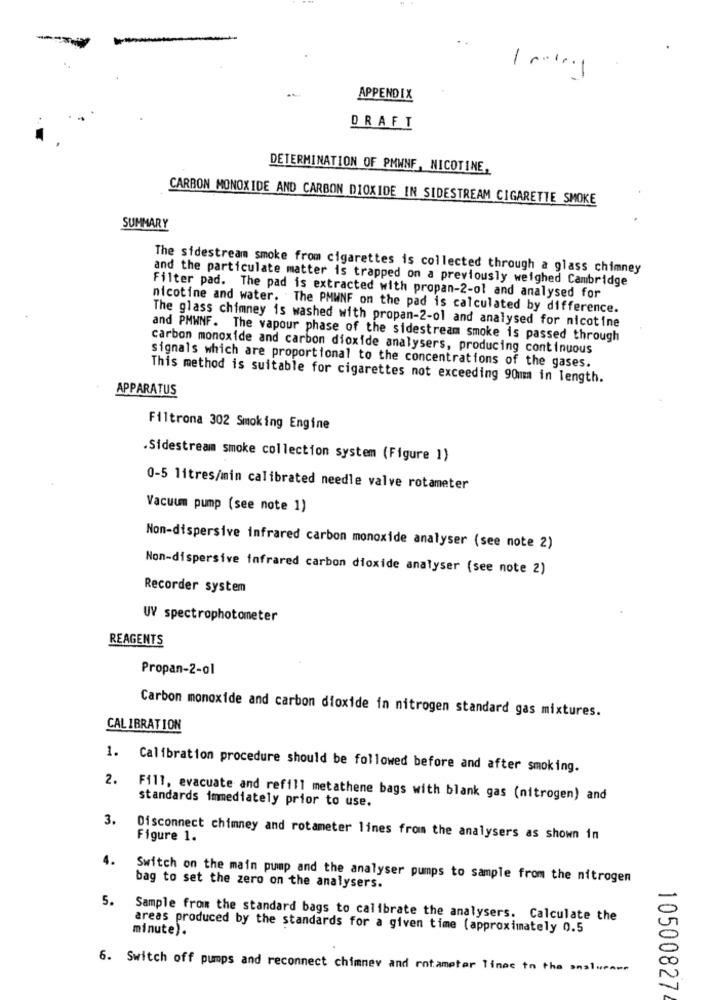
-
APPENDIX
DRAFT
DETERMINATION OF PMWNF, NICOTINE,
CARBON MONOXIDE AND CARBON DIOXIDE IN SIDESTREAM CIGARETTE SMOKE
SUMMARY
The sidestream smoke from cigarettes is collected through a glass chimney
and the particulate matter is trapped on a previously weighed Cambridge
Filter pad. The pad is extracted with propan-2-ol and analysed for
nicotine and water. . The PMWNF on the pad is calculated by difference.
The glass chimney is washed with propan-2-ol and analysed for nicotine
and PMWNF. The vapour phase of the sidestream smoke is passed through
carbon monoxide and carbon dioxide analysers, producing continuous
signals which are proportional to the concentrations of the gases.
This method is suitable for cigarettes not exceeding 90mm in length.
APPARATUS
Filtrona 302 Smoking Engine
·Sidestream smoke collection system (Figure 1)
0-5 litres/min calibrated needle valve rotameter
Vacuum pump (see note 1)
Non-dispersive infrared carbon monoxide analyser (see note 2)
Non-dispersive infrared carbon dioxide analyser (see note 2)
Recorder system
UY spectrophotometer
REAGENTS
Propan-2-ol
Carbon monoxide and carbon dioxide in nitrogen standard gas mixtures.
CALIBRATION
1. Calibration procedure should be followed before and after smoking.
2. Fill, evacuate and refill metathene bags with blank gas (nitrogen) and
standards immediately prior to use.
3.
Figure 1.
Disconnect chimney and rotameter lines from the analysers as shown in
4.
Switch on the main pump and the analyser pumps to sample from the nitrogen
bag to set the zero on the analysers.
5.
Sample from the standard bags to calibrate the analysers. Calculate the
minute).
areas produced by the standards for a given time (approximately 0.5
6. Switch off pumps and reconnect chimney and rotameter Tinec to the ansturmme
10500827